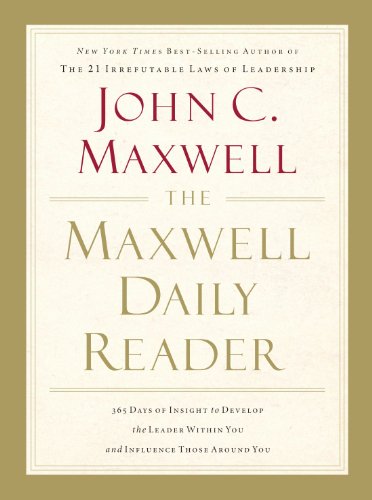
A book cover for The Maxwell Daily Reader: 365 Days of Insight to Develop the Leader Within You and Influence Those Around You; John C. Maxwell; Christian Books & Bibles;